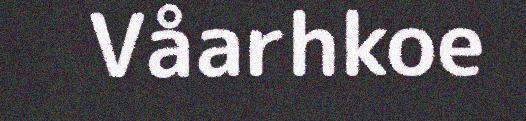
Våarhkoe